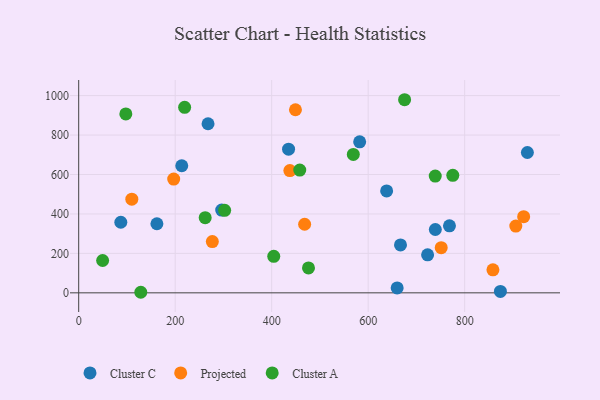
{"axis": {"x": "Speed", "y": "Rating"}, "legend": ["Cluster A", "Cluster C", "Projected"], "data": [{"x": "768.5", "y": 339.9, "type": "Cluster C"}, {"x": "930.0", "y": 711.6, "type": "Cluster C"}, {"x": "660.1", "y": 24.7, "type": "Cluster C"}, {"x": "87.3", "y": 357.8, "type": "Cluster C"}, {"x": "739.2", "y": 321.1, "type": "Cluster C"}, {"x": "435.0", "y": 728.3, "type": "Cluster C"}, {"x": "638.3", "y": 516.7, "type": "Cluster C"}, {"x": "296.4", "y": 419.4, "type": "Cluster C"}, {"x": "874.1", "y": 7.2, "type": "Cluster C"}, {"x": "162.1", "y": 350.2, "type": "Cluster C"}, {"x": "723.2", "y": 192.5, "type": "Cluster C"}, {"x": "582.4", "y": 765.5, "type": "Cluster C"}, {"x": "268.1", "y": 857.2, "type": "Cluster C"}, {"x": "213.6", "y": 644.3, "type": "Cluster C"}, {"x": "667.0", "y": 243.0, "type": "Cluster C"}, {"x": "449.3", "y": 928.2, "type": "Projected"}, {"x": "110.1", "y": 475.0, "type": "Projected"}, {"x": "922.3", "y": 386.3, "type": "Projected"}, {"x": "437.7", "y": 619.7, "type": "Projected"}, {"x": "196.9", "y": 576.7, "type": "Projected"}, {"x": "906.0", "y": 338.7, "type": "Projected"}, {"x": "858.6", "y": 116.8, "type": "Projected"}, {"x": "751.4", "y": 229.0, "type": "Projected"}, {"x": "468.3", "y": 347.6, "type": "Projected"}, {"x": "277.0", "y": 259.9, "type": "Projected"}, {"x": "775.4", "y": 595.6, "type": "Cluster A"}, {"x": "569.2", "y": 701.7, "type": "Cluster A"}, {"x": "675.5", "y": 979.1, "type": "Cluster A"}, {"x": "404.3", "y": 185.0, "type": "Cluster A"}, {"x": "739.0", "y": 591.8, "type": "Cluster A"}, {"x": "458.2", "y": 622.6, "type": "Cluster A"}, {"x": "128.7", "y": 2.8, "type": "Cluster A"}, {"x": "49.6", "y": 163.9, "type": "Cluster A"}, {"x": "476.3", "y": 126.2, "type": "Cluster A"}, {"x": "219.6", "y": 940.7, "type": "Cluster A"}, {"x": "97.7", "y": 907.3, "type": "Cluster A"}, {"x": "262.2", "y": 381.3, "type": "Cluster A"}, {"x": "302.5", "y": 418.3, "type": "Cluster A"}]}